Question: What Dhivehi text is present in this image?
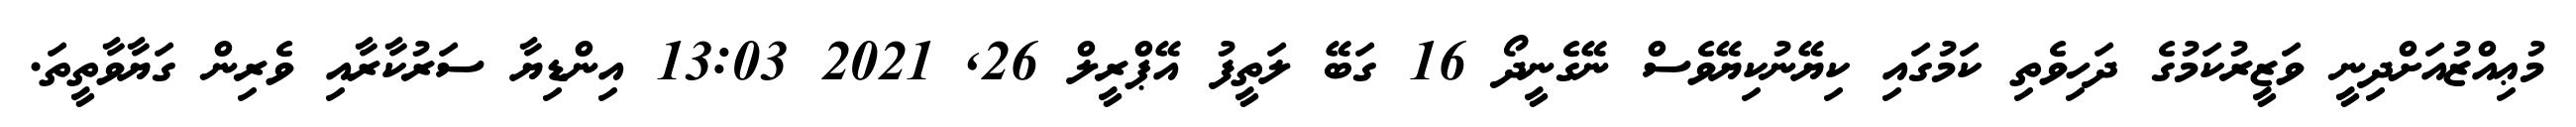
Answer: މުޢިއްޒުއަށްދިނީ ވަޒީރުކަމުގެ ދަހިވެތި ކަމުގައި ކިޔޭނުކިޔޭވެސް ނޭގެނީދޯ 16 ގަބޭ ލަތީފު އޭޕްރީލް 26, 2021 13:03 އިންޑިޔާ ސަރުކާރާއި ވެރިން ގަޔާވާތީތަ.